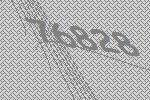
76828